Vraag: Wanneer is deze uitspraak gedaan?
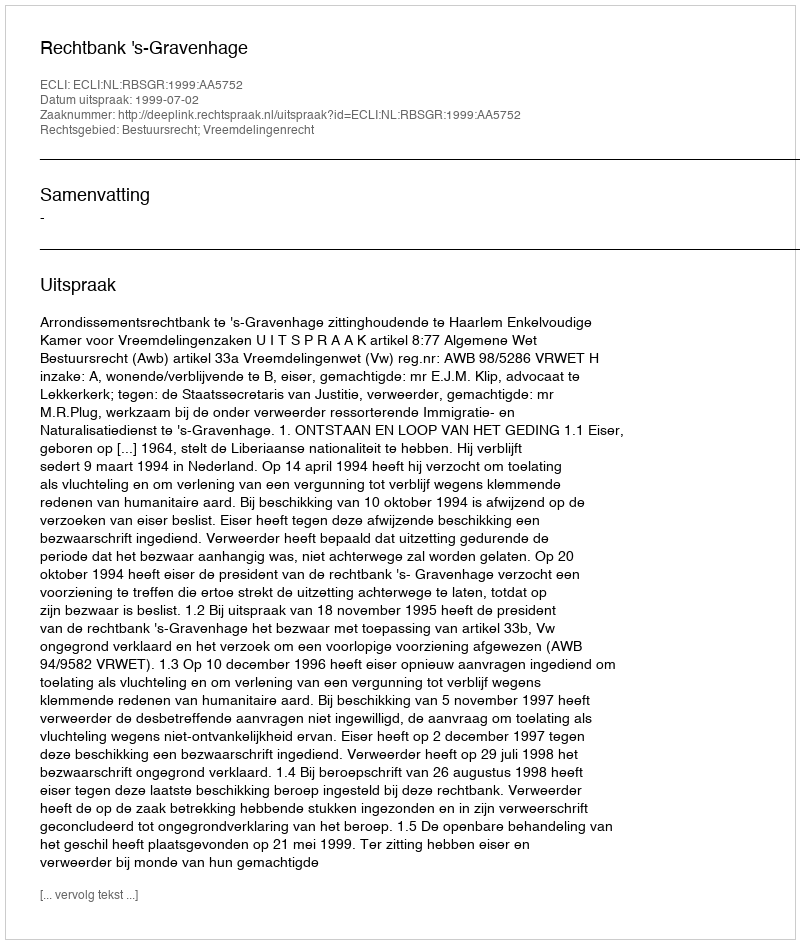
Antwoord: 1999-07-02